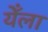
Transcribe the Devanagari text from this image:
येँला